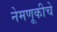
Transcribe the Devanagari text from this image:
नेमणूकीचे